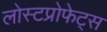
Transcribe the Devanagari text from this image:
लोस्टप्रोफेट्स